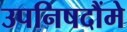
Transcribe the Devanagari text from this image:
उपनिषदौंमे